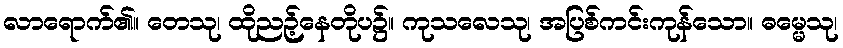
လာရောက်၏။ တေသု၊ ထိုညဉ့်နေတိုပ၌။ ကုသလေသု၊ အပြစ်ကင်းကုန်သော။ ဓမ္မေသု၊